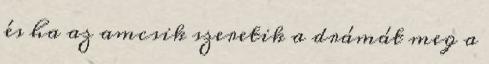
és ha az amcsik szeretik a drámát meg a